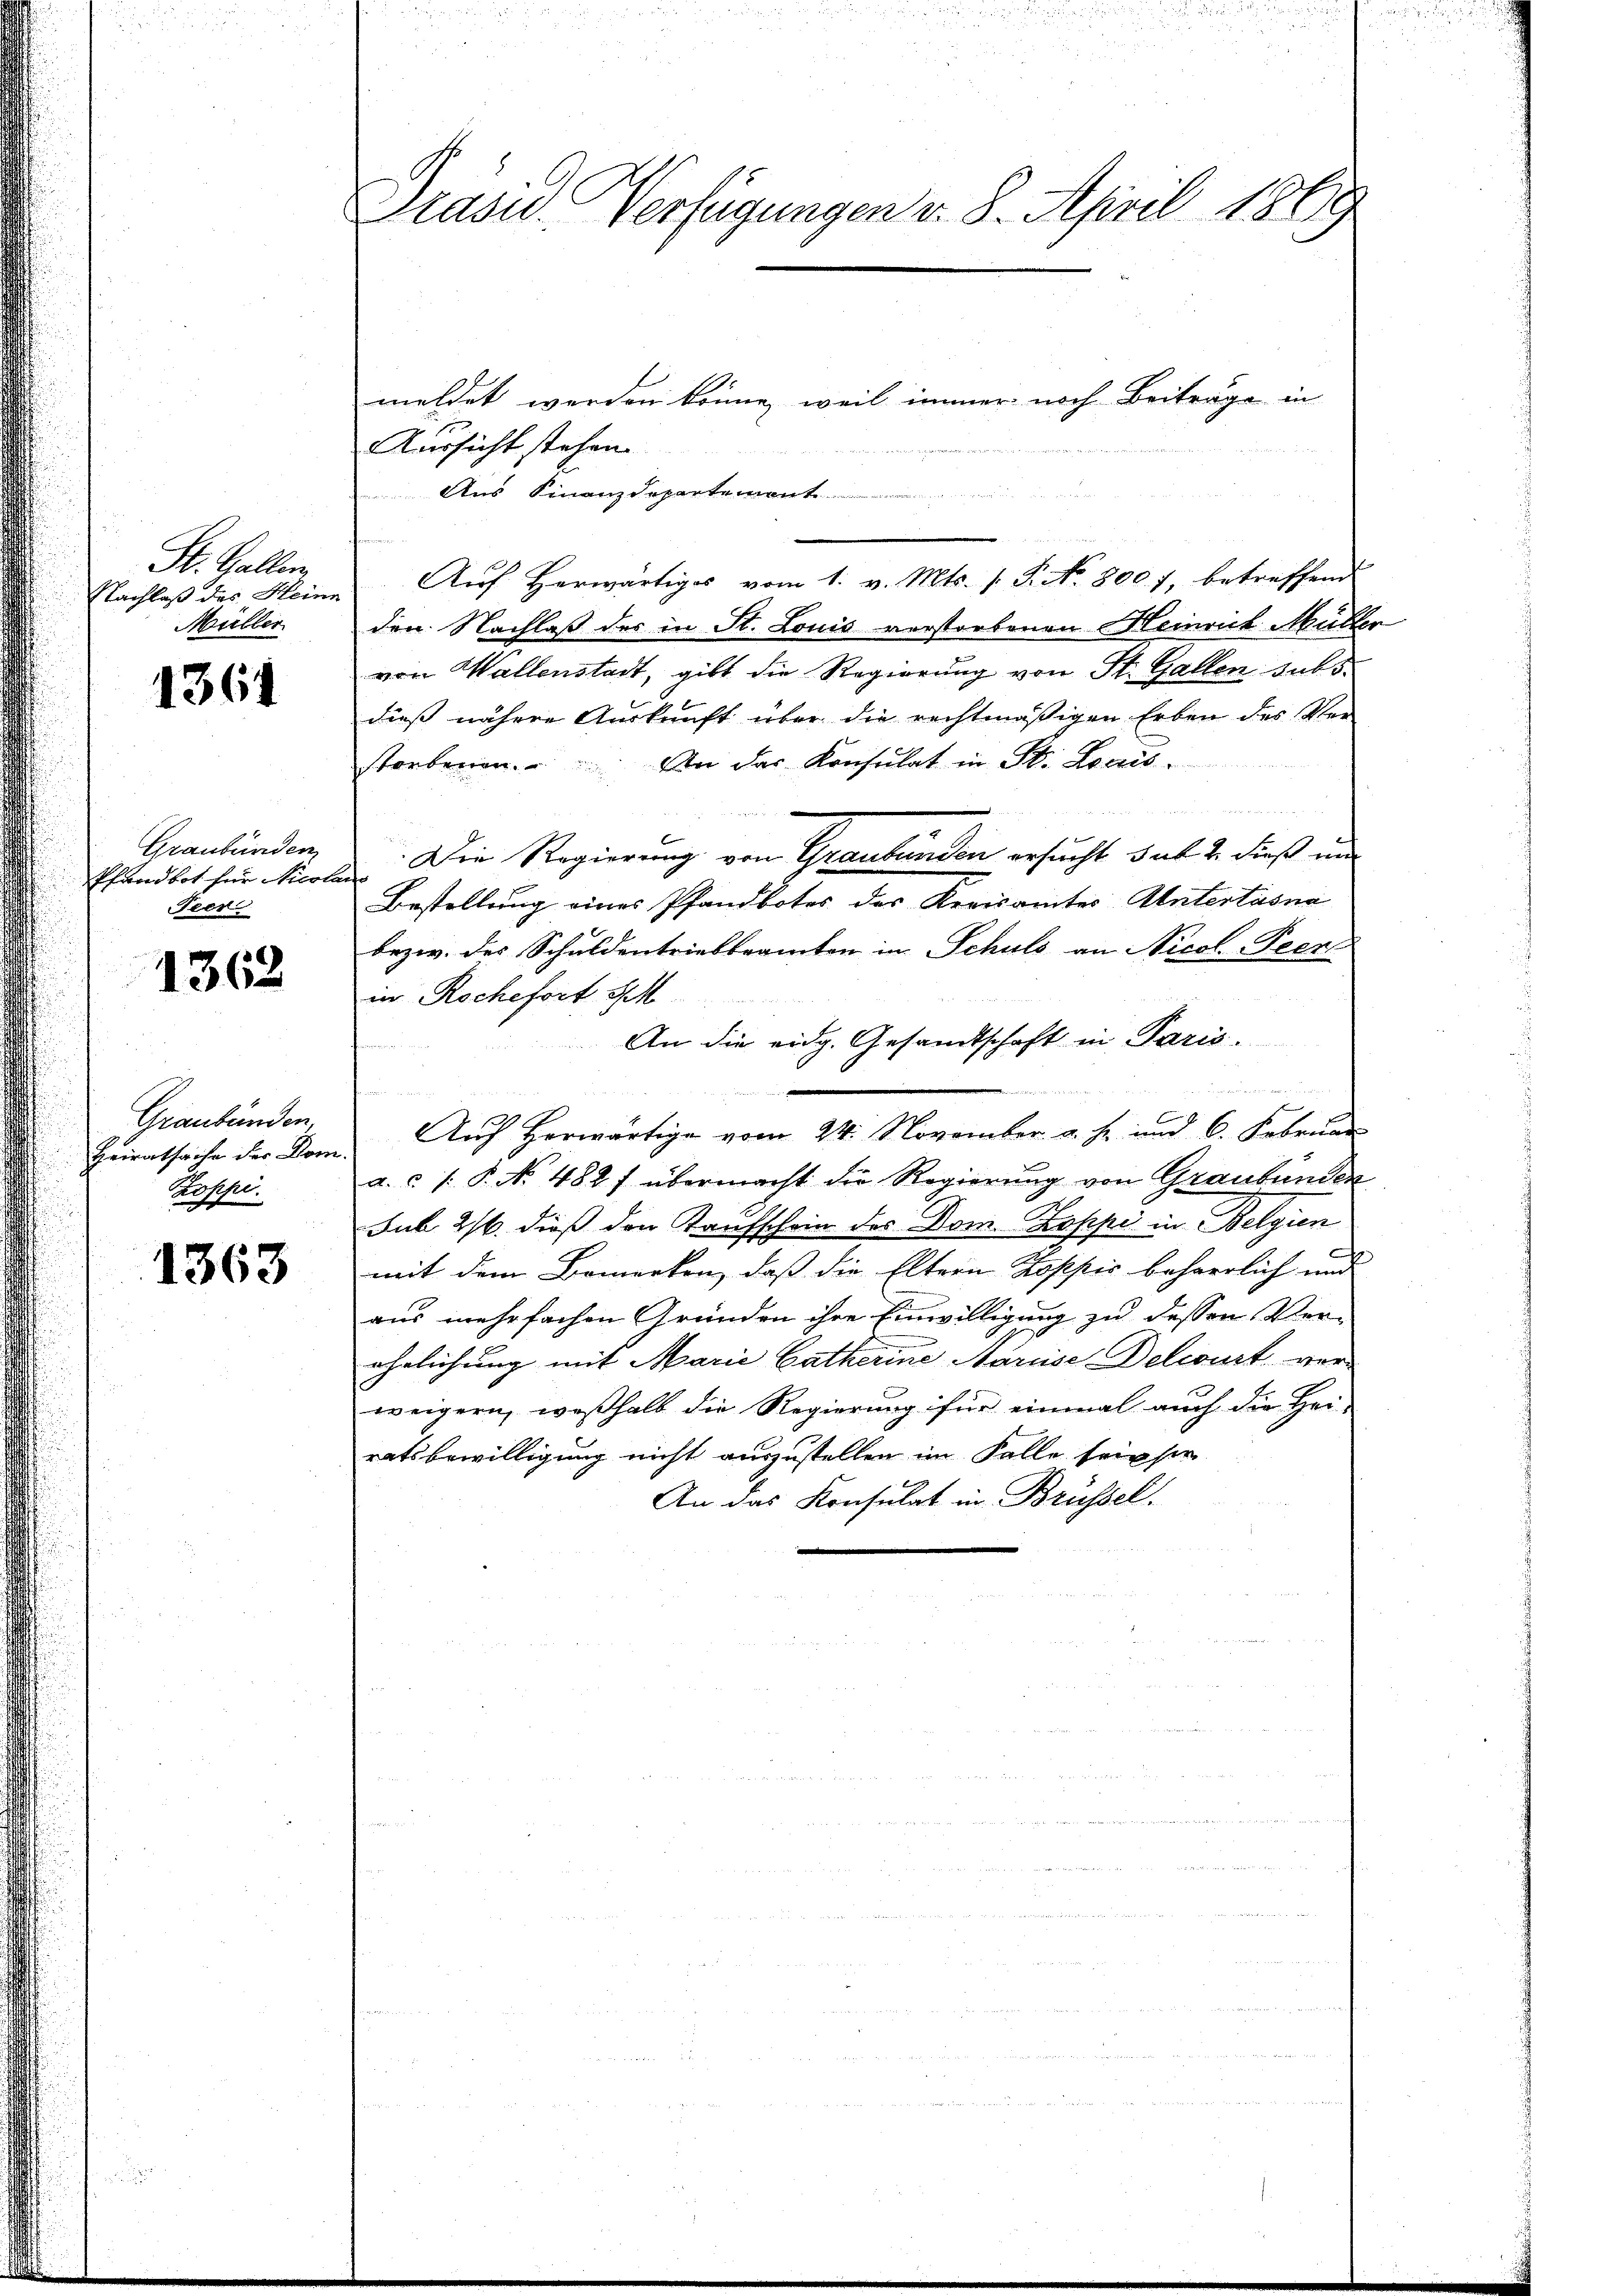
St. Gallen
Nachlaß des Hein
Müller

1361

Graubünder
Pfandbot für Nicol
Teen

1362

Graubünden,
Heiratsache der Dom.
Possel.

1363

Präsid. Verfügungen v. 8. April 1863

meldet werden könne, weil immer noch Beiträge in
Aussicht stehen.
Aus Finanzdepartement
Auf herwärtiges vom 1. v. Mts. (T. N. 800. 7, betreffend
den Nachlaß der in St. Louis verstorbenen Heinrich Müller
von Wallenstadt, gibt die Regierung von St. Gallen subs
dieß nähere Auskunft über die rechtmäßigen Erben des Ver-
An das Konsulat in St. Louis
storbenen.

Die Regierung von Graubünden ersucht dat. 2. dieß um
t
Bestellung eines Pfandbotes des Kreisamtes Untertasna
bezw. des Schuldentriebbeamten in Schuld an Nicol-Peen
in Rochefort seh
An die eidg. Gesandtschaft in Paris.
e

Auf herwärtige vom 24. November a. h. und 6. Februar
a. c. /: P. No. 482 f übermacht die Regierung von Graubünden
Sub 21. dieß den Kaufschein des Dom. Koppi in Belgien
mit dem Bemerken, daß die Eltern Koppis beharrlich und
aus mehrfachen Gründen ihre Einwilligung zu dessen Ver-
ehelichung mit Marie Catherine Marise Delwurt verweigern, weßhalb die Regierung für einmal auch die Hei-
ratsbewilligung nicht auszustellen im Falle seinser
An das Konsulat in Brüssel.